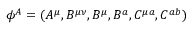
{ \phi } ^ { A } = ( A ^ { \mu } , B ^ { \mu \nu } , B ^ { \mu } , B ^ { a } , C ^ { \mu a } , C ^ { a b } )